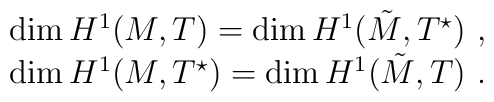
\begin{array}{c}    \dim H^1(M,T)    = \dim H^1(\tilde M, T^\star)~,\\    \dim H^1(M, T^\star) = \dim H^1(\tilde M,T)~.    \end{array}